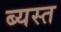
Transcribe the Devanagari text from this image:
ब्यस्त